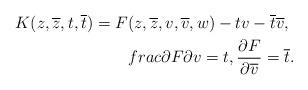
LaTeX: \begin{align*}K(z,\overline{z},t,\overline{t})=F(z,\overline{z},v,\overline{v},w)-tv-\overline{t}\overline{v},\ \\frac{\partial F}{\partial v}=t,\frac{\partial F}{\partial \overline{v}}=\overline{t}.\end{align*}